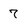
Character: 7